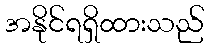
အနိုင်ရရှိထားသည်